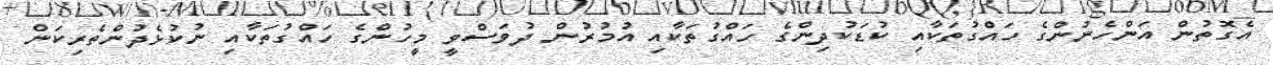
އެގޮތުން އަންހެނުންގެ ހައްގުތަކާއި ކުޑަކުދިންގެ ހައްގުތަކާއި އުމުރުން ދުވަސްވީ މީހުންގެ ހައްގުތަކާއި ނުކުޅެދުންތެރިކަން